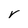
Character: V